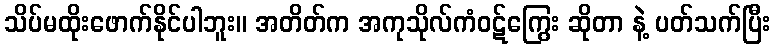
သိပ်မထိုးဖောက်နိုင်ပါဘူး။ အတိတ်က အကုသိုလ်ကံဝဋ်ကြွေး ဆိုတာ နဲ့ ပတ်သက်ပြီး